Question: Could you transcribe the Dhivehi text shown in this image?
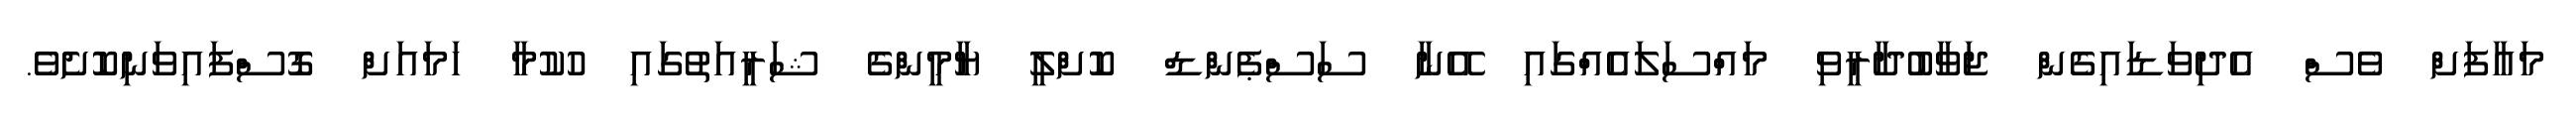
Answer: މައާފަށް ވެސް އެދިވަޑައިގެން ޖަވާބުދާރީވި މައްސަލައެއްގައި އޭނާ ސަސްޕެންޑް ކޮށްލީ ޔާމީންގެ ޝަރީއަތުގައި ހުކުމާ ހަމައަށް ގޮސްފައިވަނިކޮށެވެ.